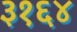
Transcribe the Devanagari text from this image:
३१६४